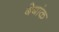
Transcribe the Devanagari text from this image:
बेबांक